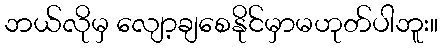
ဘယ်လိုမှ လျော့ချစေနိုင်မှာမဟုတ်ပါဘူး။